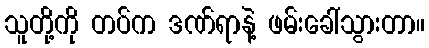
သူတို့ကို တပ်က ဒဏ်ရာနဲ့ ဖမ်းခေါ်သွားတာ။